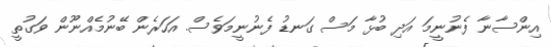
އިންސާނާ ފެނުނީމަ އަދި ބުޅާ މަސް ގަނޑު ފެނުނީމަވެސް. އަހަރެން ބޭނުމެއްނޫން ވަގުތީ